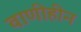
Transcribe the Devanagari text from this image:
वाणीहीन